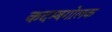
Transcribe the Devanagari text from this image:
कदम्बगोलक